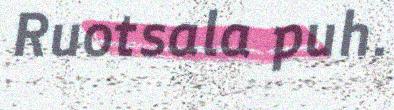
Ruotsala puh.